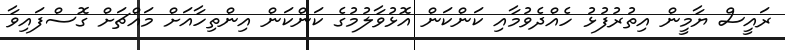
ރައީސް ޔާމީން އިތުރުފުޅު ހެއްދެވުމާއި ކަންކަން އޮޅުވާލުމުގެ ކަންކަން އިންތިހާއަށް މައްޗަށް ގޮސްފައިވާ